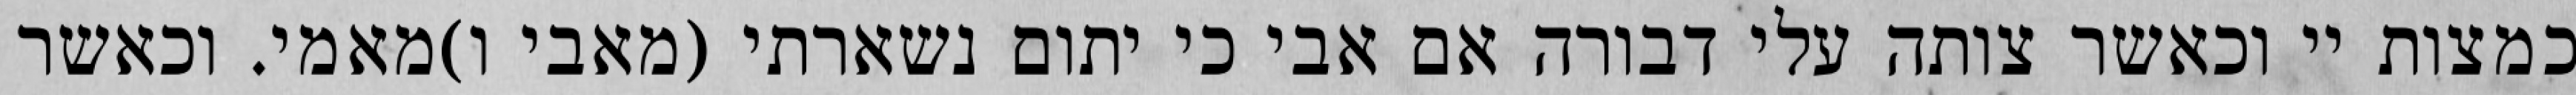
כמצות יי וכאשר צותה עלי דבורה אם אבי כי יתום נשארתי (מאבי ו)מאמי. וכאשר